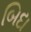
બિદા